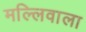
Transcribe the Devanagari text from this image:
मल्लिवाला